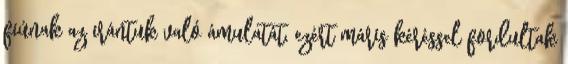
fiúnak az irántuk való ámulatát, ezért máris kéréssel fordultak